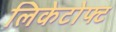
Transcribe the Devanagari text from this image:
लिकेटोफ्ट